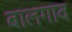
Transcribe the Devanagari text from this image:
बालगाव